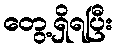
တွေ့ရှိရပြီး